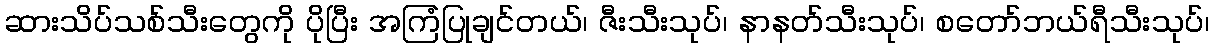
ဆားသိပ်သစ်သီးတွေကို ပိုပြီး အကြံပြုချင်တယ်၊ ဇီးသီးသုပ်၊ နာနတ်သီးသုပ်၊ စတော်ဘယ်ရီသီးသုပ်၊